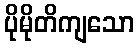
ပိုမိုတိကျသော